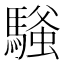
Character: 𫘔